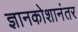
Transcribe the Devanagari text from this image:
ज्ञानकोशानंतर